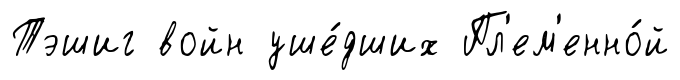
Тэшиг войн уше́дших Пл'ем'енно́й